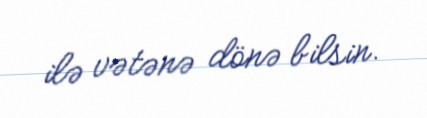
ilə vətənə dönə bilsin.